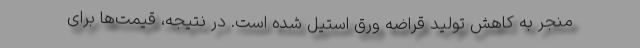
منجر به کاهش تولید قراضه ورق استیل شده است. در نتیجه، قیمت‌ها برای